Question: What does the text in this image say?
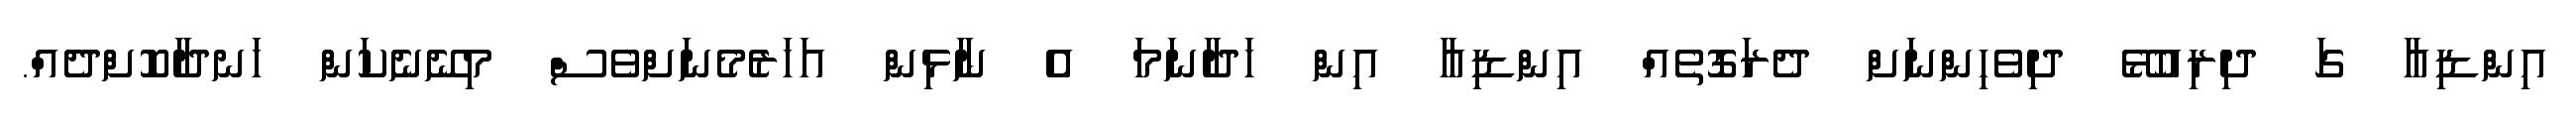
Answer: އިންޑިއާ ގަ ދިރިއުޅޭ ދިވެހިންނަށް ދެރަގޮތެއް އިންޑިއާ އިން ހަދާނަމަ އެ ނާޅިން އަހަރެމެނަށްވެސް މިނޭނެކަން ހަނދާކޮށްދެއް.